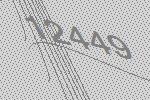
12449